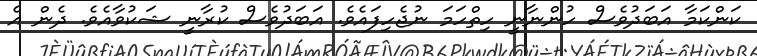
ކަންކަމާ އަބަދުވެސް ހުންނާނީ ހިތްހަމަ ނުޖެހިފައެވެ. އަބަދުވެސް ކުރާނީ ޝަކުވާއެވެ. ދެން އެ